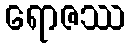
ရောဇဿ